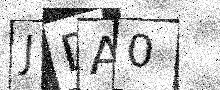
Text: JDA0